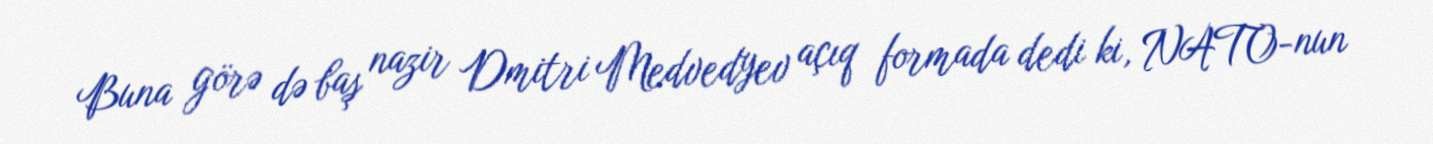
Buna görə də baş nazir Dmitri Medvedyev açıq formada dedi ki, NATO-nun